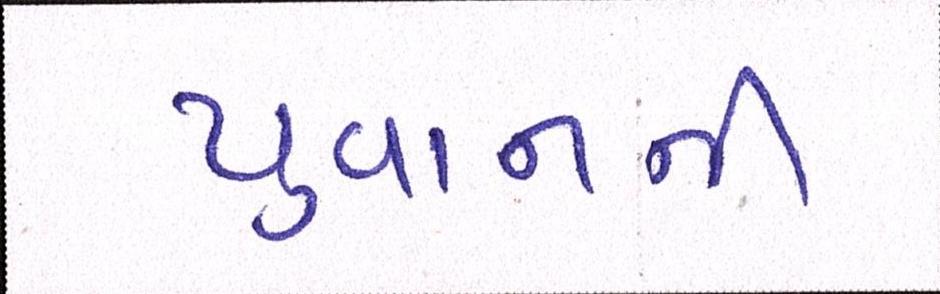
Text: યુવાનની